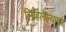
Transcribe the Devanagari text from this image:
लिहिलेल्यावर